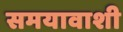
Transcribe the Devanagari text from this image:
समयावाशी